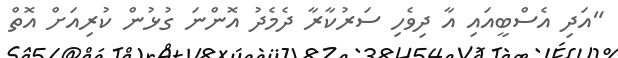
"އަދި އެސްބީއައި އާ ދިވެހި ސަރުކާރާ ދެމެދު އޮންނަ ގުޅުން ކުރިއަށް އޮތް